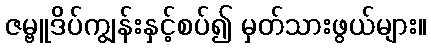
ဇမ္ဗူဒိပ်ကျွန်းနှင့်စပ်၍ မှတ်သားဖွယ်များ။